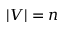
| V | = n